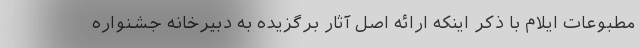
مطبوعات ایلام با ذکر اینکه ارائه اصل آثار برگزیده به دبیرخانه جشنواره